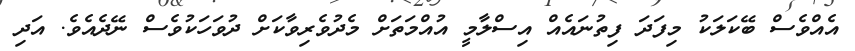
އެއްވެސް ބޭކަލަކު މިފަދަ ފިތުނައެއް އިސްލާމީ އުއްމަތަށް މެދުވެރިވާކަށް ދުވަހަކުވެސް ނޭދެއެވެ. އަދި